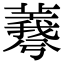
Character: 𦏡